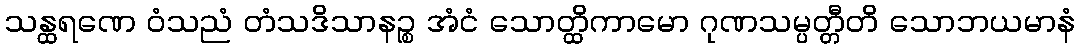
သန္ထရဏေ ဝံသညံ တံသဒိသာနဉ္စ အံငံ သောတ္ထိကာမော ဂုဏသမ္ပတ္တီတိ သောဘယမာနံ